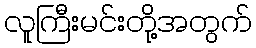
လူကြီးမင်းတို့အတွက်